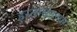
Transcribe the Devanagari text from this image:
हरताळाच्या